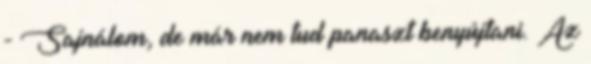
- Sajnálom, de már nem tud panaszt benyújtani. Az